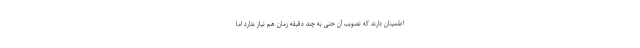
اطمینان دارند که تصویب آن حتی به چند دقیقه زمان هم نیاز ندارد اما